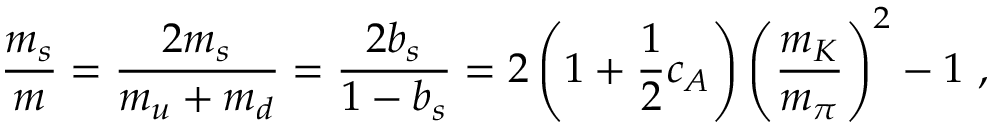
\frac { m _ { s } } { m } = \frac { 2 m _ { s } } { m _ { u } + m _ { d } } = \frac { 2 b _ { s } } { 1 - b _ { s } } = 2 \left( 1 + \frac { 1 } { 2 } c _ { A } \right) \left( \frac { m _ { K } } { m _ { \pi } } \right) ^ { 2 } - 1 ~ ,